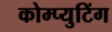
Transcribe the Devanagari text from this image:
कोम्प्युटिंग